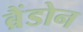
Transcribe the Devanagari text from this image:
ब्रैंडोन